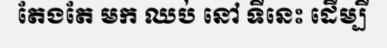
តែងតែ មក ឈប់ នៅ ទីនេះ ដើម្បី